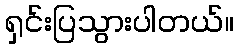
ရှင်းပြသွားပါတယ်။